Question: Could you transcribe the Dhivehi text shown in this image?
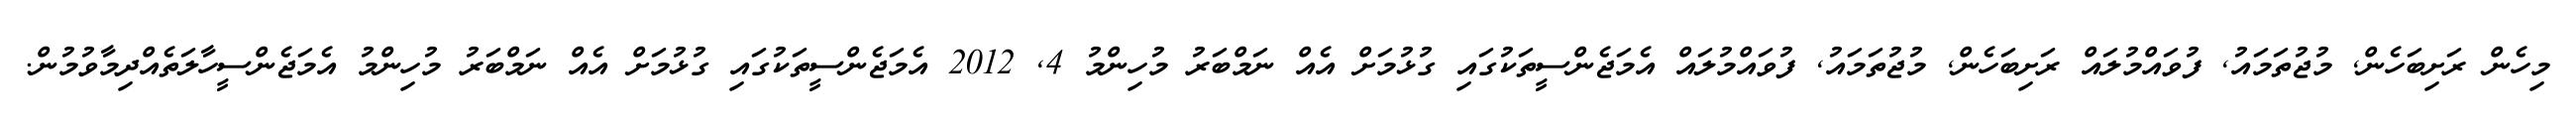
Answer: މިހެން ރަށިބަހެން, މުޖުތަމައު, ފުވައްމުލައް ރަށިބަހެން, މުޖުތަމައު, ފުވައްމުލައް އެމަޖެންސީތަކުގައި ގުޅުމަށް އެއް ނަމްބަރު މުހިންމު 4, 2012 އެމަޖެންސީތަކުގައި ގުޅުމަށް އެއް ނަމްބަރު މުހިންމު އެމަޖެންސީހާލަތެއްދިމާވުމުން.